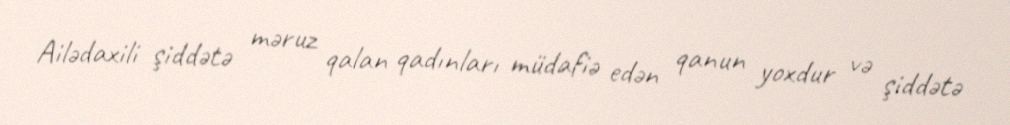
Ailədaxili şiddətə məruz qalan qadınları müdafiə edən qanun yoxdur və şiddətə